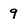
Character: 9